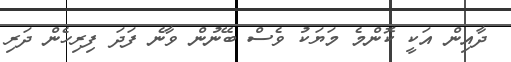
ދާއިން އަކީ ކޮންމެ މަޔަކު ވެސް ބޭނުން ވާނެ ފަދަ ފިރިހެން ދަރި